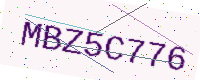
Text: MBZ5C776